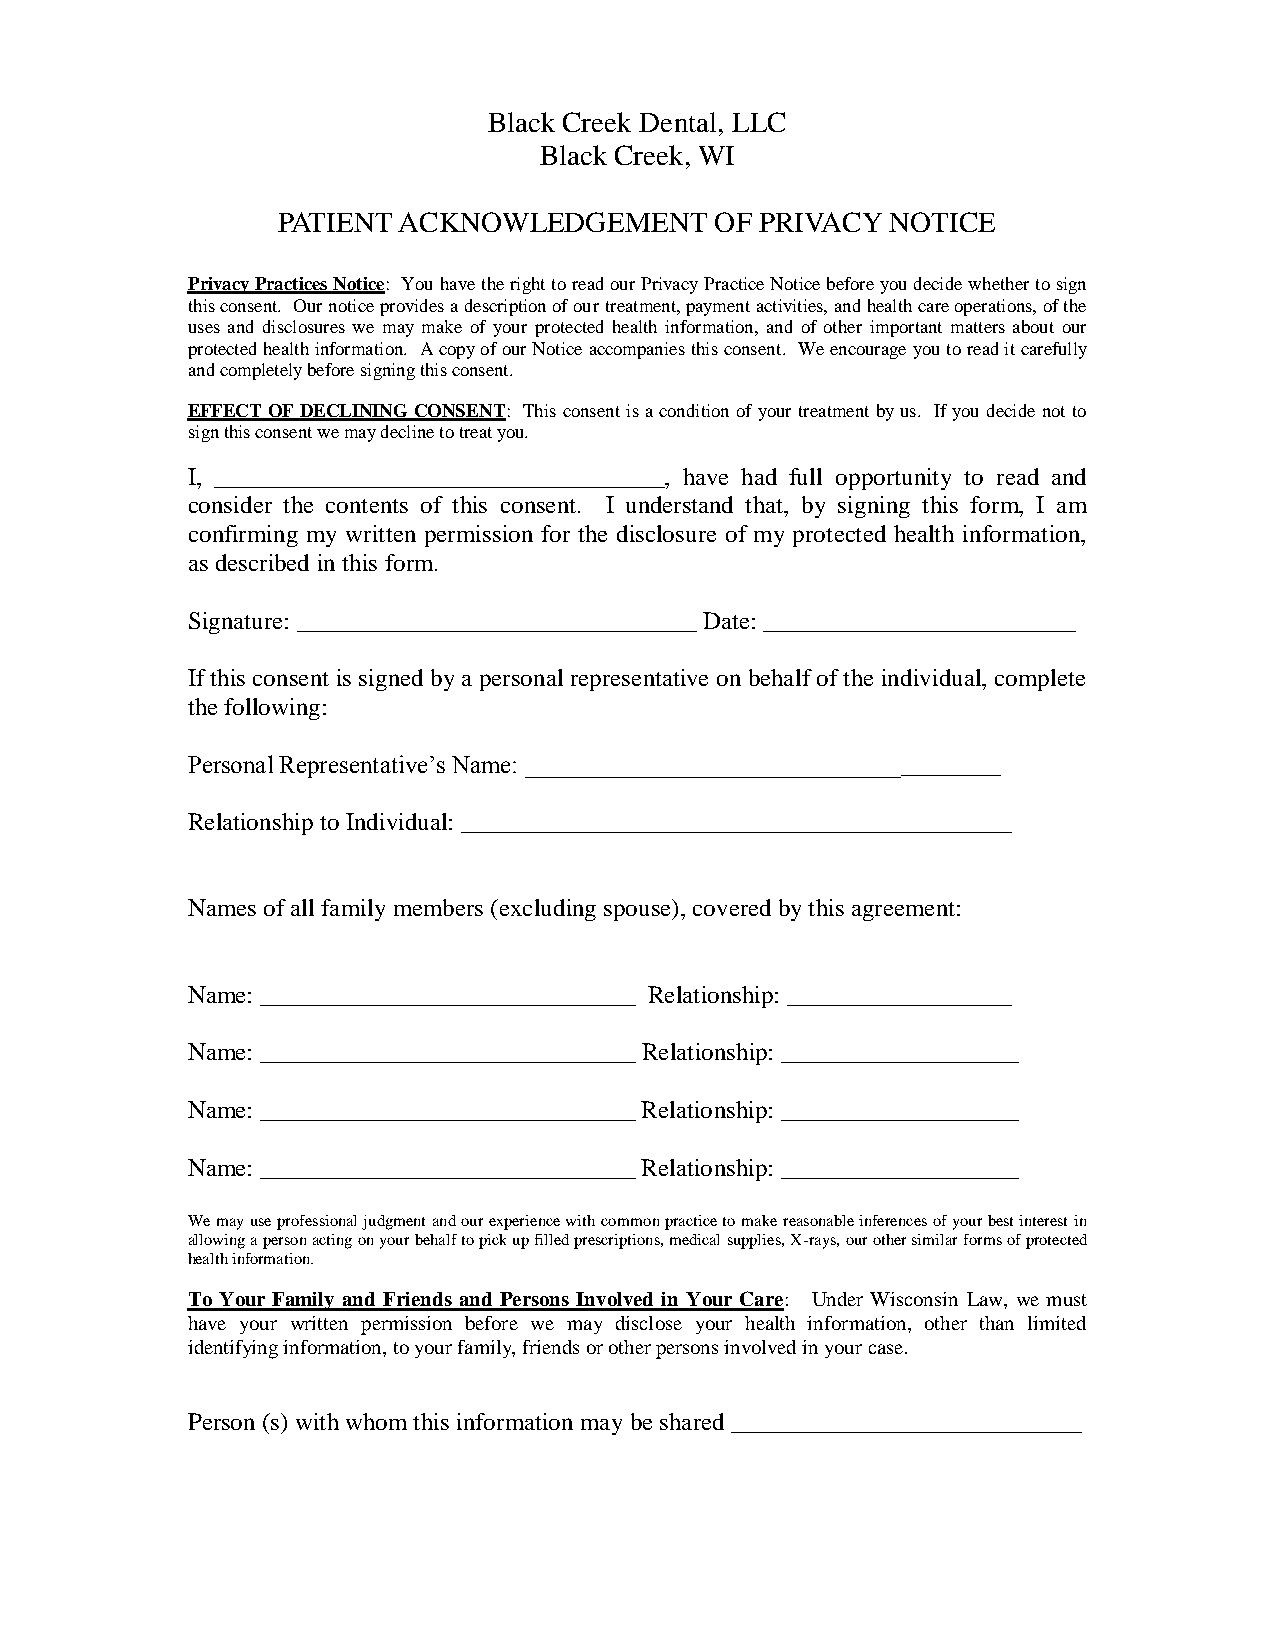
Black Creek Dental, LLC
 Black Creek, WI
 PATIENT ACKNOWLEDGEMENT      OF PRIVACY  NOTICE
 Privacy Practices Notice: You have the right to read our Privacy Practice Notice before you decide whether to sign
 this consent. Our notice provides a description of our treatment, payment activities, and health care operations, of the
 uses and disclosures we may make of your protected health information, and of other important matters about our
 protected health information. A copy of our Notice accompanies this consent. We encourage you to read it carefully
 and completely before signing this consent.
 EFFECT OF DECLINING CONSENT: This consent is a condition of your treatment by us. If you decide not to
 sign this consent we may decline to treat you.
 I, ____________________________________, have had full opportunity to read and
 consider the contents of this consent. I understand that, by signing this form, I am
 confirming my written permission for the disclosure of my protected health information,
 as described in this form.
 Signature: ________________________________ Date: _________________________
 If this consent is signed by a personal representative on behalf of the individual, complete
 the following:
 Personal Representative’s Name: ______________________________________
 Relationship to Individual: ____________________________________________
 Names of all family members (excluding spouse), covered by this agreement:
 Name: ______________________________ Relationship: __________________
 Name: ______________________________ Relationship: ___________________
 Name: ______________________________ Relationship: ___________________
 Name: ______________________________ Relationship: ___________________
 We may use professional judgment and our experience with common practice to make reasonable inferences of your best interest in
 allowing a person acting on your behalf to pick up filled prescriptions, medical supplies, X-rays, our other similar forms of protected
 health information.
 To Your Family and Friends and Persons Involved in Your Care: Under Wisconsin Law, we must
 have your written permission before we may disclose your health information, other than limited
 identifying information, to your family, friends or other persons involved in your case.
 Person (s) with whom this information may be shared ____________________________